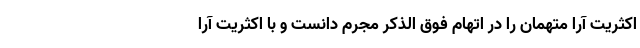
اکثریت آرا متهمان را در اتهام فوق الذکر مجرم دانست و با اکثریت آرا